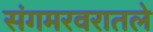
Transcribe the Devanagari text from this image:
संगमरवरातले